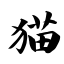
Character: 猫